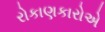
રોકાણકારોએ